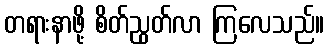
တရားနာဖို့ စိတ်ညွတ်လာ ကြလေသည်။